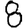
Digit: 8